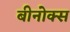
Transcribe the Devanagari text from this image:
बीनोक्स